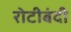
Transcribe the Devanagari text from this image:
रोटीबंदी